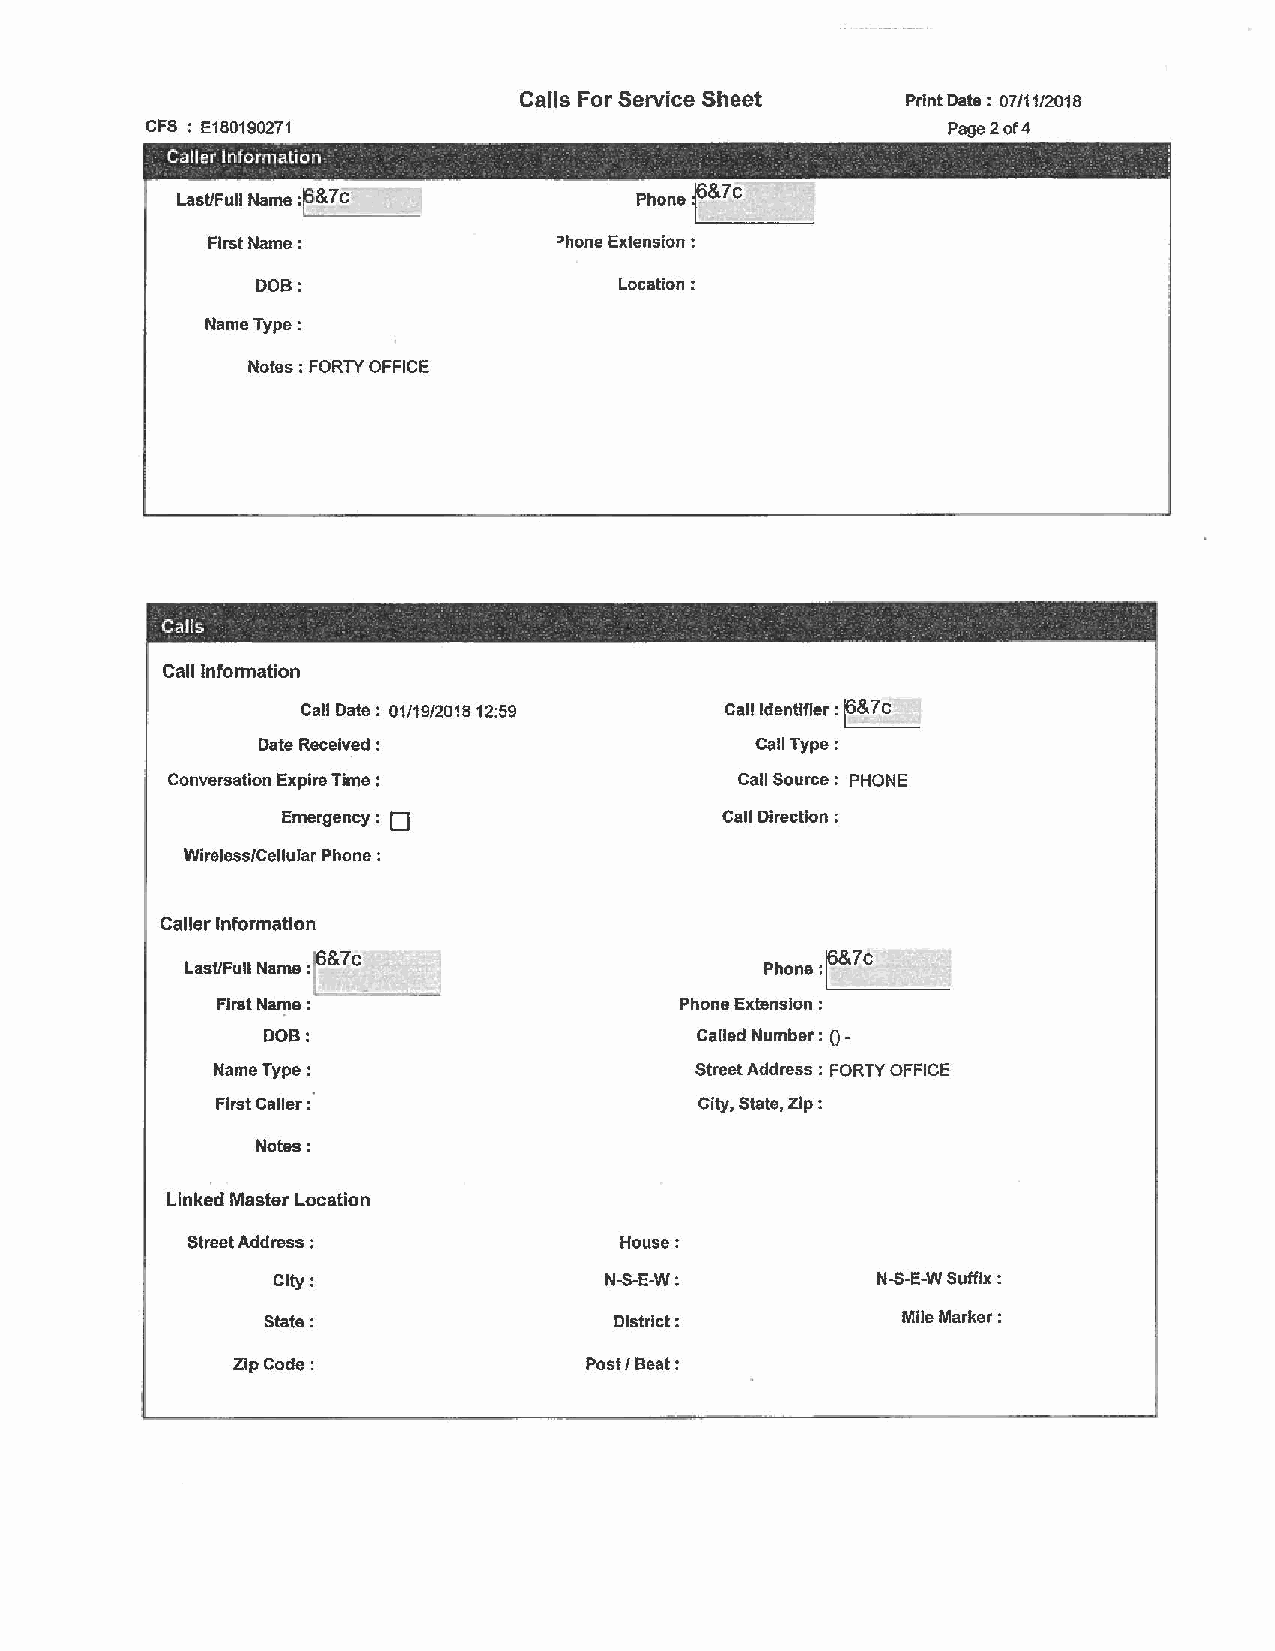
Calls For Service Sheet   Print Date : 07/11/2018
 CFS : E180190271                                     Page2of4
 Caller Information - -                                            :
 7
 Last/Full Name : .~... _&_7_c_ __ Phone.~..._ &__c_ __
 First Name:            :>hone Extension :
 DOB:                    Location:
 Name Type:
 Notes ; FORTY OFFICE
 -
 CaHs                                    -
 -                          -
 Call Information
 Call Date: 01/19/2018 12:59 Call Identifier ! ~&7 C
 Date Received :                  Call Type:
 Conversation Expire Time :            Call Source : PHONE
 D
 Emergency :                  Call Direction :
 Wireless/Cellular Phone :
 Caller Information
 r&
 7                               f_&7_
 Last/Full Name : C                     Phone: .... _c_ __
 First Name : ,__......,._ __. .._~
 Phone Extension :
 DOB:                         Called Number: 0-
 Name Type:                      Street Address : FORTY OFFICE
 First Caller :                  City, State, Zip:
 Notes:
 Linked Master Location
 Street Address :             House:
 City:                 N-S-E-W:          N-S-E-W Suffix:
 State:                  District:          Mile Marker:
 Zip Code:               Post/Beat: